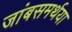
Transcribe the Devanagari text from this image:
जांबसमर्थया